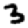
Digit: 3